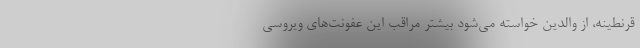
قرنطینه، از والدین خواسته می‌شود بیشتر مراقب این عفونت‌های ویروسی